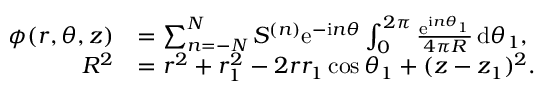
\begin{array} { r l } { \phi ( r , \theta , z ) } & { = \sum _ { n = - N } ^ { N } S ^ { ( n ) } \mathrm { e } ^ { - \mathrm { i } n \theta } \int _ { 0 } ^ { 2 \pi } \frac { \mathrm { e } ^ { \mathrm { i } n \theta _ { 1 } } } { 4 \pi R } \, \mathrm { d } \theta _ { 1 } , } \\ { R ^ { 2 } } & { = r ^ { 2 } + r _ { 1 } ^ { 2 } - 2 r r _ { 1 } \cos \theta _ { 1 } + ( z - z _ { 1 } ) ^ { 2 } . } \end{array}